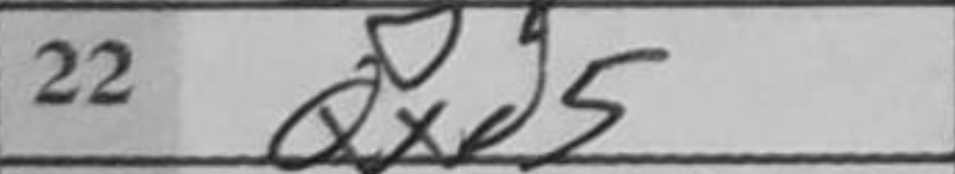
Transcription: Qxd5